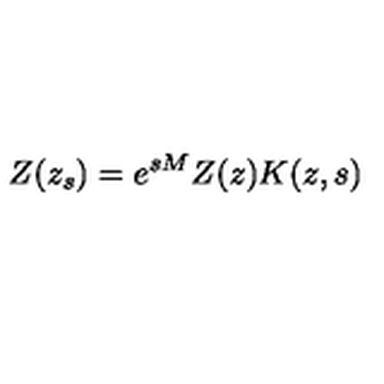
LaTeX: Z ( z _ { s } ) = e ^ { s M } Z ( z ) K ( z , s )